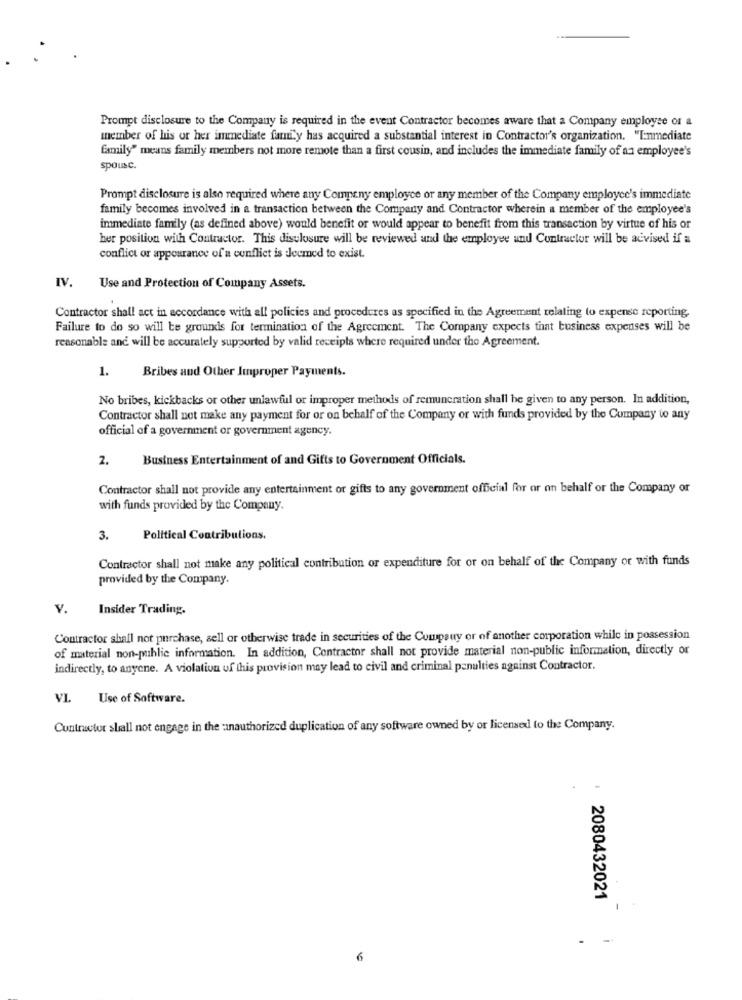
Prompt disclosure to the Company is required in the event Contractor becomes aware that a Company employee of a
member of his or her immediate family has acquired a substantial interest in Contractor's organization. "Enmediate
family" means family members not more remote than a first cousin, and includes the immediate family of an employee's
spousc.
Prompt disclosure is also required where any Company employee or any member of the Company employee's immediate
family becomes involved in a transaction between the Company and Contractor wherein a member of the employee's
immediate family (as defined above) would benefit or would appear to benefit from this transaction by virtue of his or
her position with Contractor. This disclosure will be reviewed und the employee und Contractor will be advised if a
conflict or appearance of a conflict is deemed to exist.
IV.
Use and Protection of Company Assets.
Contractor shall act in accordance with all policies and procedures as specified in the Agreement relating to expense reporting.
Failure to do so will be grounds for termination of the Agreement. The Company expects that business expenses will be
reasonable and will be accurately supported by valid receipts where required under the Agreement.
1.
Bribes and Other Improper Payments.
No bribes, kickbacks or other unlawful or improper methods of remuneration shall be given to any person. In addition,
Contractor shall not make any payment for or on behalf of the Company or with funds provided by the Company to any
official of a government or government agency.
2. Business Entertainment of and Gifts to Government Officials.
Contractor shall not provide any entertainment or gifts to any government official for or on behalf or the Company or
with funds provided by the Company.
3.
Political Contributions.
Contractor shall not make any political contribution or expenditure for or on behalf of the Company or with funds
provided by the Company.
v.
Insider Trading.
Contractor shall not purchase, sell or otherwise trade in securities of the Company or of another corporation while in possession
of material non-public information. In addition, Contractor shall not provide material non-public information, directly or
indirectly, to anyone. A violation of this provision may lead to civil and criminal penalties against Contractor.
VL
Use of Software.
Contractor shall not engage in the unauthorized duplication of any software owned by or licensed to the Company.
2080432021